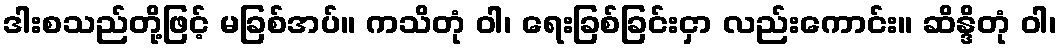
ဒါးစသည်တို့ဖြင့် မခြစ်အပ်။ ကသိတုံ ဝါ၊ ရေးခြစ်ခြင်းငှာ လည်းကောင်း။ ဆိန္ဒိတုံ ဝါ၊